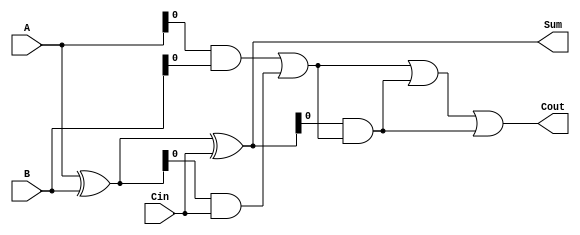
module BrentKungAdder(input [7:0] A, input [7:0] B, input Cin,
                        output [7:0] Sum, output Cout);

   wire [7:0] P [2:0];
   wire [7:0] G [2:0];
   wire [7:0] C [3:0];
   
   assign P[0] = A ^ B;
   assign G[0] = A & B;
   
   assign P[1] = P[0] ^ Cin;
   assign G[1] = G[0] | (P[0] & Cin);
   
   assign P[2] = P[1];
   assign G[2] = G[1] | (P[1] & G[1]);
   
   assign C[0] = Cin;
   assign C[1] = G[0] | (P[0] & Cin);
   assign C[2] = G[1] | (P[1] & G[0]);
   assign C[3] = G[2] | (P[2] & G[1]);
   
   assign Sum = P[2];
   assign Cout = C[3];
   
endmodule